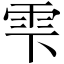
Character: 雫